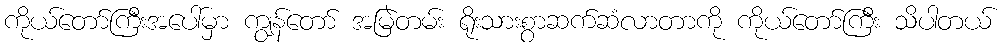
ကိုယ်တော်ကြီးအပေါ်မှာ ကျွန်တော် အမြဲတမ်း ရိုးသားစွာဆက်ဆံလာတာကို ကိုယ်တော်ကြီး သိပါတယ်